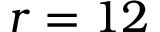
r = 1 2